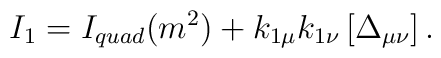
I_{1}=I_{quad}(m^{2})+k_{1\mu }k_{1\nu }\left[ \Delta _{\mu \nu }\right] .